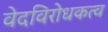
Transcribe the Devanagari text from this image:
वेदविरोधकत्व